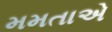
મમતાએ